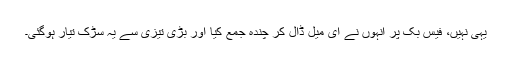
یہی نہیں، فیس بُک پر انہوں نے ای میل ڈال کر چندہ جمع کیا اور بڑی تیزی سے یہ سڑک تیار ہوگئی۔